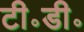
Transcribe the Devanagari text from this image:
टी॰डी॰